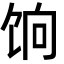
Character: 饷